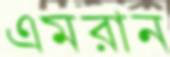
এমরান